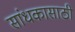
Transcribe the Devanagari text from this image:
सांधकासाठी